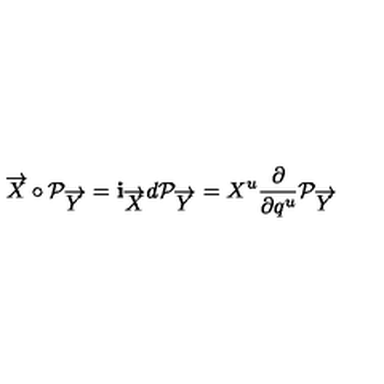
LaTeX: \overrightarrow { X } \circ { \cal P } _ { \overrightarrow { Y } } = { \bf i } _ { \overrightarrow { X } } d { \cal P } _ { \overrightarrow { Y } } = X ^ { u } { \frac { \partial } { \partial q ^ { u } } } { \cal P } _ { \overrightarrow { Y } } \,